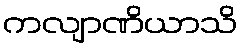
ကလျာဏိယာသိ